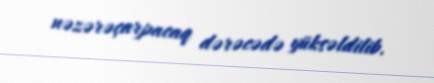
nəzərəçarpacaq dərəcədə yüksəldilib.